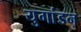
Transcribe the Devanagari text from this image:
युगांडन